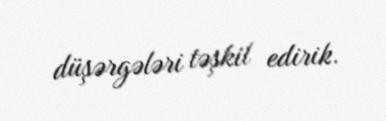
düşərgələri təşkil edirik.